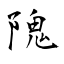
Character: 隗